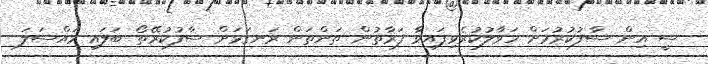
ސީ އިން ސާފުކުރުމަށް ހަވާލުކުރެވިފައިވާ ފަރާތުން ތަންތަން ރަނގަޅަށް ސާފުކުރޭތޯ ބަލައި މައްސަލަ